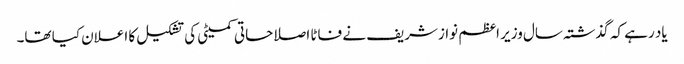
یاد رہے کہ گذشتہ سال وزیر اعظم نوازشریف نے فاٹا اصلاحاتی کمیٹی کی تشکیل کا اعلان کیا تھا۔